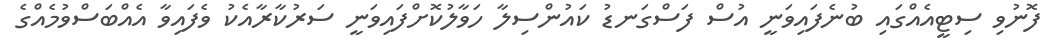
ފޮނުވި ސިޓީއެއްގައި ބުނެފައިވަނީ އުސް ފަސްގަނޑު ކައުންސިލާ ހަވާލުކޮށްފައިވަނީ ސަރުކާރާއެކު ވެފައިވާ އެއްބަސްވުމެއްގެ